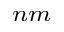
_ { n m }